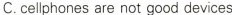
C.cellphones are not good devices